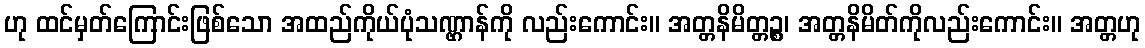
ဟု ထင်မှတ်ကြောင်းဖြစ်သော အထည်ကိုယ်ပုံသဏ္ဌာန်ကို လည်းကောင်း။ အတ္တနိမိတ္တဉ္စ၊ အတ္တနိမိတ်ကိုလည်းကောင်း။ အတ္တဟု